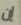
إن